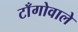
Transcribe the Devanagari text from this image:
टाँगोवाले